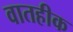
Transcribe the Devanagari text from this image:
वातहीक